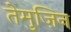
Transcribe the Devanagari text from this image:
तेमुज़िन